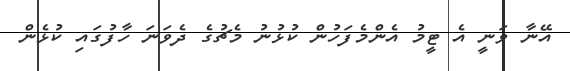
އޭނާ ވަނީ އެ ޓީމު އެންމެފަހުން ކުޅުނު މެޗުގެ ދެވަނަ ހާފުގައި ކުޅެން